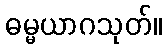
ဓမ္မယာဂသုတ်။